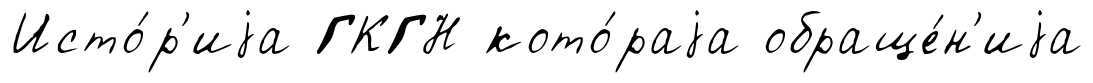
Исто́р'иjа ГКГН кото́раjа обраще́н'иjа